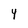
Character: 4